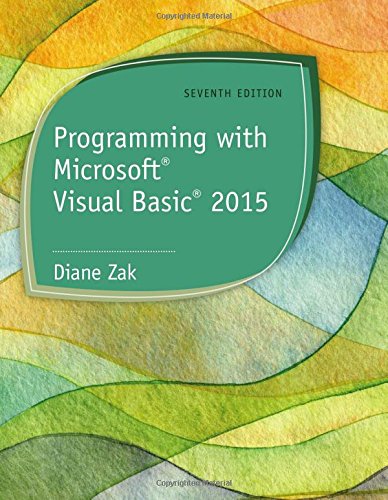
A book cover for Programming with Microsoft Visual Basic 2015; Diane Zak; Computers & Technology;